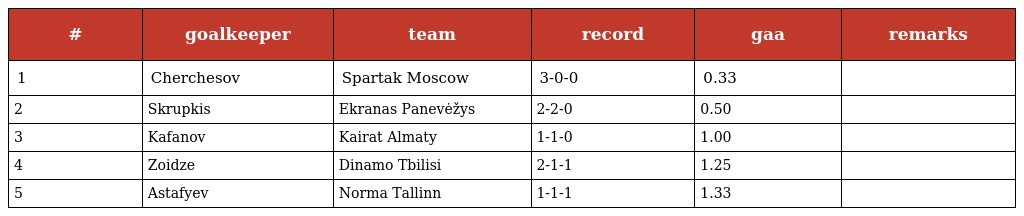
| # | goalkeeper | team | record | gaa | remarks |
 | --- | --- | --- | --- | --- | --- |
 | 1 | Cherchesov | Spartak Moscow | 3-0-0 | 0.33 |  |
 | 2 | Skrupkis | Ekranas Panevėžys | 2-2-0 | 0.50 |  |
 | 3 | Kafanov | Kairat Almaty | 1-1-0 | 1.00 |  |
 | 4 | Zoidze | Dinamo Tbilisi | 2-1-1 | 1.25 |  |
 | 5 | Astafyev | Norma Tallinn | 1-1-1 | 1.33 |  |